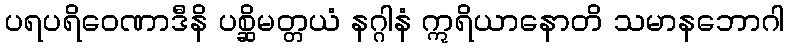
ပရပရိဝေဏာဒီနိ ပစ္ဆိမတ္တယံ နဂ္ဂါနံ ဣရိယာနောတိ သမာနဘောဂါ